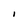
Character: i